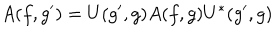
A ( f , g ^ { \prime } ) = U ( g ^ { \prime } , g ) A ( f , g ) U ^ { * } ( g ^ { \prime } , g )